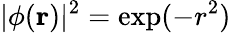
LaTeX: |\phi(\mathbf{r})|^{2}=\exp(-r^{2})